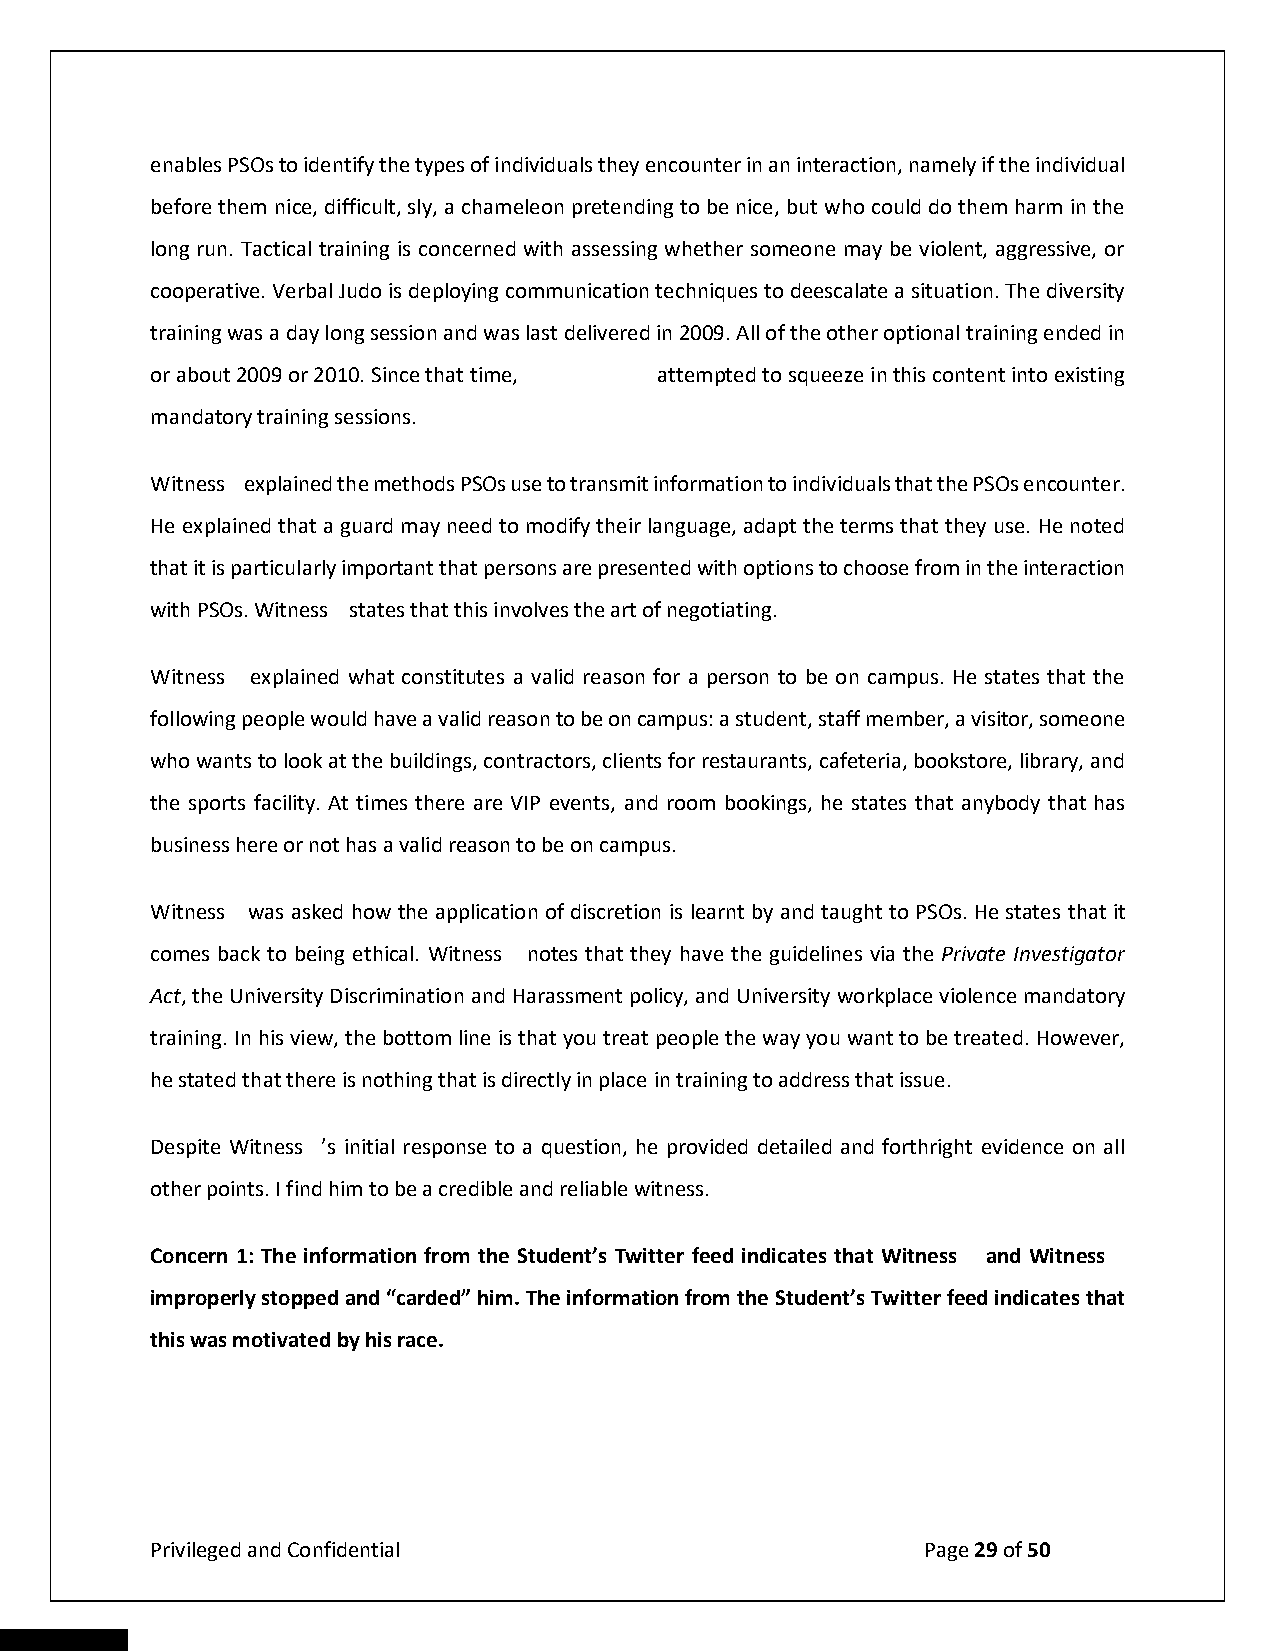
enables PSOs to identify the types of individuals they encounter in an interaction, namely if the individual
 before them nice, difficult, sly, a chameleon pretending to be nice, but who could do them harm in the
 long run. Tactical training is concerned with assessing whether someone may be violent, aggressive, or
 cooperative. Verbal Judo is deploying communication techniques to deescalate a situation. The diversity
 training was a day long session and was last delivered in 2009. All of the other optional training ended in
 or about 2009 or 2010. Since that time, attempted to squeeze in this content into existing
 mandatory training sessions.
 Witness explained the methods PSOs use to transmit information to individuals that the PSOs encounter.
 He explained that a guard may need to modify their language, adapt the terms that they use. He noted
 that it is particularly important that persons are presented with options to choose from in the interaction
 with PSOs. Witness states that this involves the art of negotiating.
 Witness explained what constitutes a valid reason for a person to be on campus. He states that the
 following people would have a valid reason to be on campus: a student, staff member, a visitor, someone
 who wants to look at the buildings, contractors, clients for restaurants, cafeteria, bookstore, library, and
 the sports facility. At times there are VIP events, and room bookings, he states that anybody that has
 business here or not has a valid reason to be on campus.
 Witness was asked how the application of discretion is learnt by and taught to PSOs. He states that it
 comes back to being ethical. Witness notes that they have the guidelines via the Private Investigator
 Act, the University Discrimination and Harassment policy, and University workplace violence mandatory
 training. In his view, the bottom line is that you treat people the way you want to be treated. However,
 he stated that there is nothing that is directly in place in training to address that issue.
 Despite Witness ’s initial response to a question, he provided detailed and forthright evidence on all
 other points. I find him to be a credible and reliable witness.
 Concern 1: The information from the Student’s Twitter feed indicates that Witness and Witness
 improperly stopped and “carded” him. The information from the Student’s Twitter feed indicates that
 this was motivated by his race.
 Privileged and Confidential                        Page 29 of 50